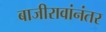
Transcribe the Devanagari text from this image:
बाजीरावांनंतर